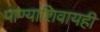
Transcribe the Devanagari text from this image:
पाण्याशिवायही